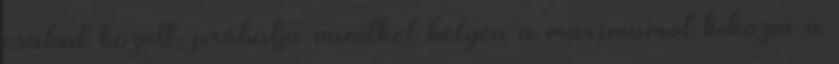
család között, próbálja mindkét helyen a maximumot kihozni a